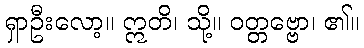
ရှာဦးလော့။ ဣတိ၊ သို့။ ဝတ္တဗ္ဗော၊ ၏။